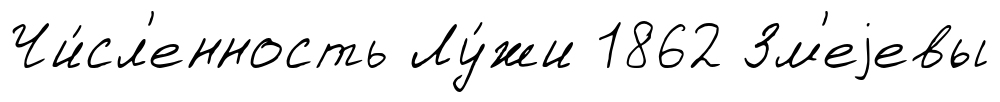
Чи́сл'енность Лу́жи 1862 Зм'еjевы